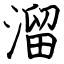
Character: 溜